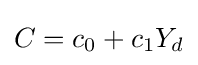
C=c_{0}+c_{1}Y_{d}